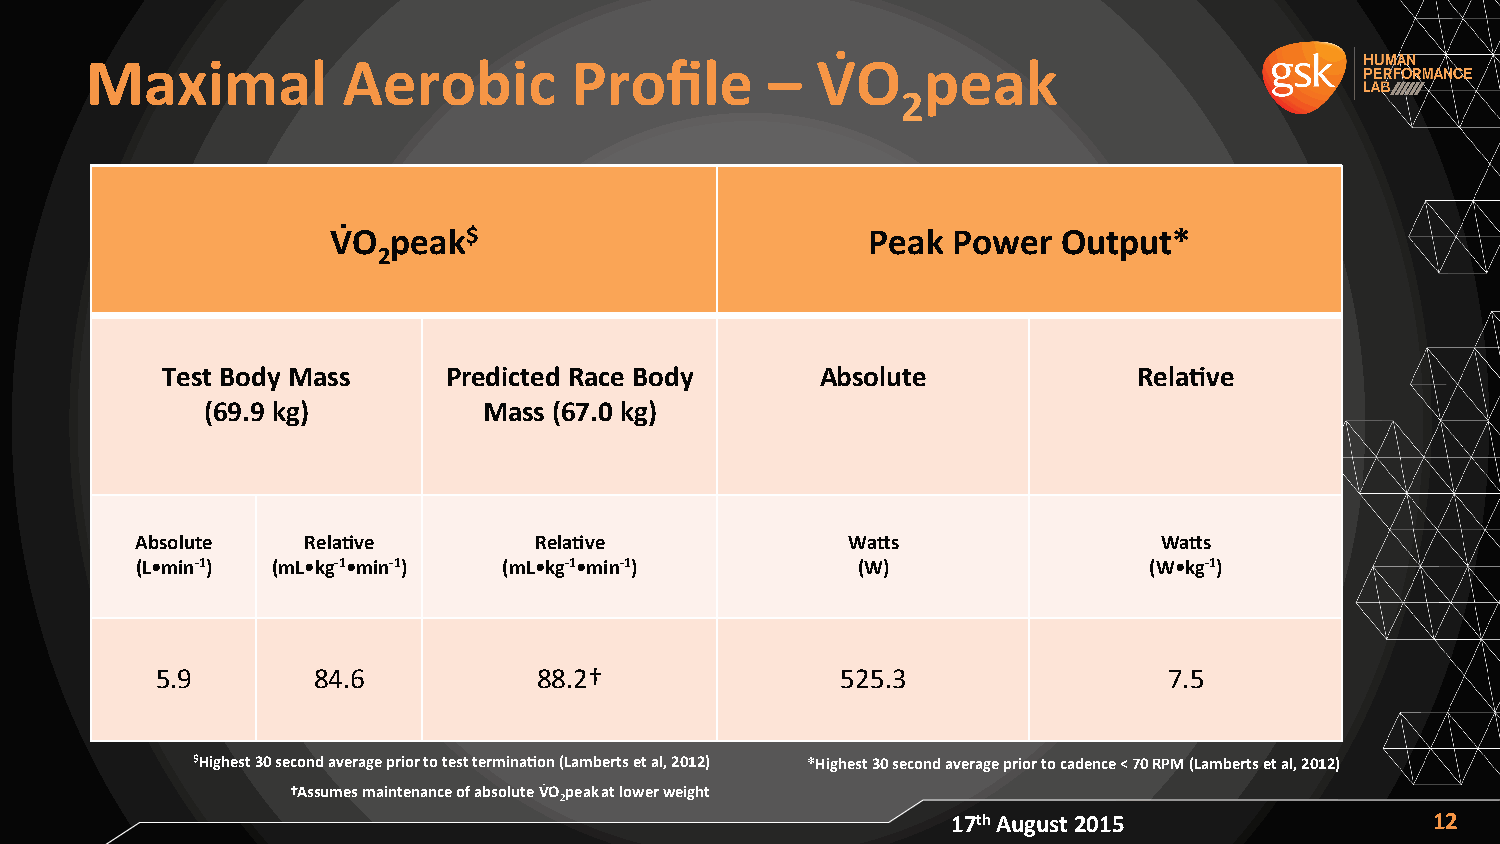
Maximal          Aerobic        Profile      –  VRO    peak
 2
 VRO peak$                          Peak  Power  Output*
 2
 Test Body Mass     Predicted Race Body     Absolute             Rela/ve
 (69.9 kg)         Mass (67.0 kg)
 Absolute   Rela/ve        Rela/ve              Waas                 Waas
 (L•min-­‐1) (mL•kg-­‐1•min-­‐1) (mL•kg-­‐1•min-­‐1) (W)            (W•kg-­‐1)
 5.9        84.6           88.2†               525.3                7.5
 $Highest 30 second average prior to test termina/on (Lamberts et al, 2012) *Highest 30 second average prior to cadence < 70 RPM (Lamberts et al, 2012)
 †Assumes maintenance of absolute VROpeakat lower weight
 2
 17th August 2015                12